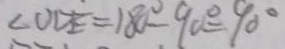
\angle O D E = 1 8 0 ^ { \circ } - 9 0 ^ { \circ } = 9 0 ^ { \circ }